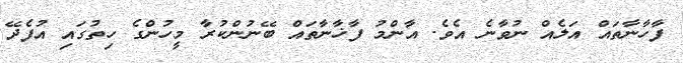
ފާހާނާތައް އަލެއް ނުވާނެ އެވެ. އާންމު ފާޚާނާތައް ބޭނުންކުރާ މީހުންގެ ހިތުގައި އުފެދޭ